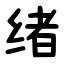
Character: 绪